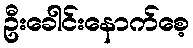
ဦးခေါင်းနောက်စေ့